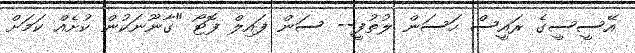
އޭސީސީގެ ރައީސް ހަސަން ލުތުފީ-- ސަން ފައިލް ފޮޓޯ "ގާނޫނަކުން ކުށެއް ކަމަށް